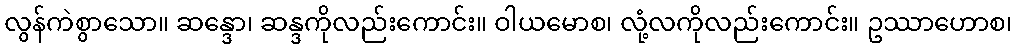
လွန်ကဲစွာသော။ ဆန္ဒော၊ ဆန္ဒကိုလည်းကောင်း။ ဝါယမောစ၊ လုံ့လကိုလည်းကောင်း။ ဥဿာဟောစ၊